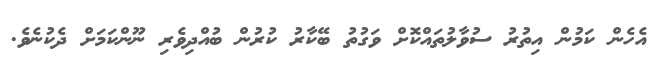
އެހެން ކަމުން އިތުރު ސުވާލުތައްކޮށް ވަގުތު ބޭކާރު ކުރުން ބުއްދިވެރި ނޫންކަމަށް ދެކުނެވެ.